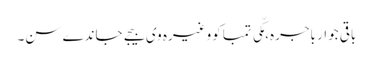
باقی جوار باجرہ، مکّی تمباکو وغیرہ وی بیجے جاندے سن۔